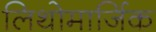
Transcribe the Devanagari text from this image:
लिथोमार्जिक